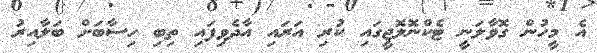
އެ މީހުން ގޮވާލަނީ ޓެކްނޮލޮޖީގައި ކުރި އަރައި އާދެވިފައި ތިބި ހިސާބަށް ބަލާއިރު